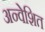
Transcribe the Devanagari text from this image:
अन्वेशित